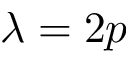
\lambda = 2 p